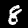
Digit: 8